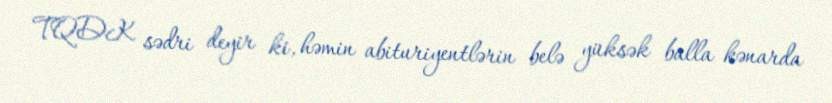
TQDK sədri deyir ki, həmin abituriyentlərin belə yüksək balla kənarda